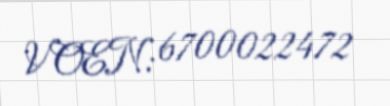
VOEN: 6700022472